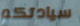
سيادتكم